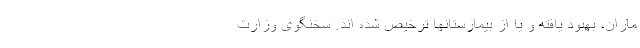
ماران، بهبود یافته و یا از بیمارستانها ترخیص شده اند. سخنگوی وزارت